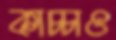
কাচ্চাও